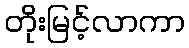
တိုးမြင့်လာကာ